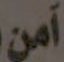
آمن